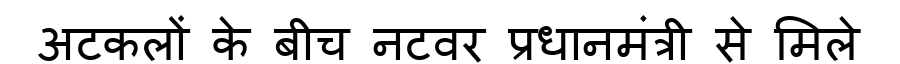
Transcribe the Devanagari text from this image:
अटकलों के बीच नटवर प्रधानमंत्री से मिले